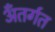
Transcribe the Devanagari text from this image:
अँतर्गत